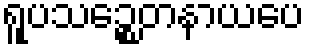
ရူပသဉ္စေတနာယပေ